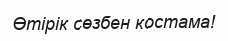
Өтірік сөзбен костама!